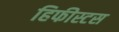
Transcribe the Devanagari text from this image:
हिफीस्टस